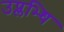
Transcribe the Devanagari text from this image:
उप्लभ्धि